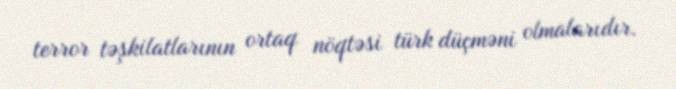
terror təşkilatlarının ortaq nöqtəsi türk düçməni olmalarıdır.